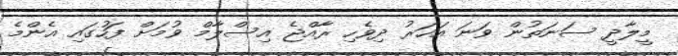
މީލާދީ ސަނަތުން ވަނަ އަހަރު ދިވެހި ރާއްޖެ އިސްލާމް ވުމަށް ފަހުގައި އެންމެ